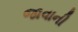
જાવાની